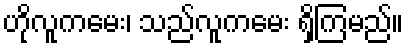
ဟိုလူကမေး၊ သည်လူကမေး ရှိကြမည်။